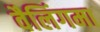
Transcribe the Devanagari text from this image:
वैलिंगमा